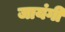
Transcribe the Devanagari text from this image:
जायंगी